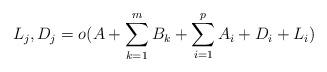
LaTeX: \begin{align*}L_{j},D_{j}=o(A+\sum^{m}_{k=1}B_{k}+\sum^{p}_{i=1}A_{i}+D_{i}+L_{i})\end{align*}